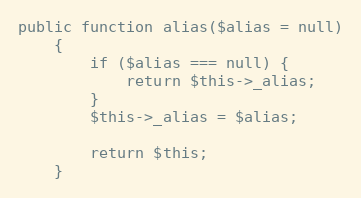
Language: PHP
public function alias($alias = null)
    {
        if ($alias === null) {
            return $this->_alias;
        }
        $this->_alias = $alias;

        return $this;
    }